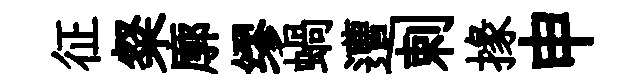
征粲廓缪蝸遭剌掾申